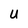
Character: U